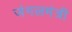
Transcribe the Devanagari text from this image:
जंगलमंत्री